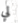
لي